Rangoon Lunatic Asylum 1878-1892 - 1878-1892
Year: 1878
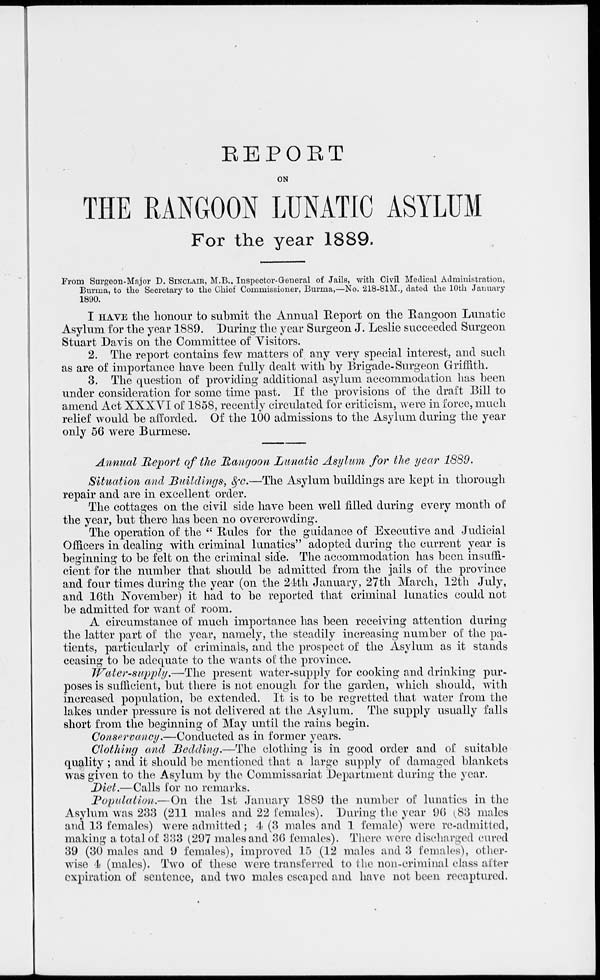
REPORT
ON
THE RANGOON LUNATIC ASYLUM
For the year 1889.
From Surgeon-Major D. SINCLAIR, M.B.. Inspector-General of Jails, with Civil Medical Administration,
Burma, to the Secretary to the Chief Commissioner, Burma,—No. 218-81M., dated the 10th January
1890.
I HAVE the honour to submit the Annual Report on the Rangoon Lunatic
Asylum for the year 1889. During the year Surgeon J. Leslie succeeded Surgeon
Stuart Davis on the Committee of Visitors.
2. The report contains few matters of any very special interest, and such
as are of importance have been fully dealt with by Brigade-Surgeon Griffith.
3. The question of providing additional asylum accommodation has been
under consideration for some time past. If the provisions of the draft Bill to
amend Act XXXVI of 1858, recently circulated for criticism, were in force, much
relief would be afforded. Of the 100 admissions to the Asylum during the year
only 56 were Burmese.
Annual Report of the Rangoon Lunatic Asylum for the year 1889.
Situation and Buildings, &c.—The Asylum buildings are kept in thorough
repair and are in excellent order.
The cottages on the civil side have been well filled during every month of
the year, but there has been no overcrowding.
The operation of the " Rules for the guidance of Executive and Judicial
Officers in dealing with criminal lunatics" adopted during the current year is
beginning to be felt on the criminal side. The accommodation has been insuffi-
cient for the number that should be admitted from the jails of the province
and four times during the year (on the 24th January, 27th March, 12th July,
and 16th November) it had to be reported that criminal lunatics could not
be admitted for want of room.
A circumstance of much importance has been receiving attention during
the latter part of the year, namely, the steadily increasing number of the pa-
tients, particularly of criminals, and the prospect of the Asylum as it stands
ceasing to be adequate to the wants of the province.
Water-supply.—The
present water-supply for cooking and drinking pur-
poses is sufficient, but there is not enough for the garden, which should, with
increased population, be extended. It is to be regretted that water from the
lakes under pressure is not delivered at the Asylum. The supply usually falls
short from the beginning of May until the rains begin.
Conservancy.—Conducted
as in former years.
Clothing and Bedding.—The
clothing is in good order and of suitable
quality ; and it should be mentioned that a large supply of damaged blankets
was given to the Asylum by the Commissariat Department during the year.
Diet.—Calls for no remarks.
Population.—On
the 1st January 1889 the number of lunatics in the
Asylum was 233 (211 males and 22 females). During the year 96 (83 males
and 13 females) were admitted; 4 (3 males and 1 female) were re-admitted,
making a total of 333 (297 males and 36 females). There were discharged cured
39 (30 males and 9 females), improved 15 (12 males and 3 females), other-
wise 4 (males). Two of these were transferred to the non-criminal class after
expiration of sentence, and two males escaped and have not been recaptured.